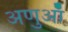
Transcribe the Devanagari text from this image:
अणुऑ